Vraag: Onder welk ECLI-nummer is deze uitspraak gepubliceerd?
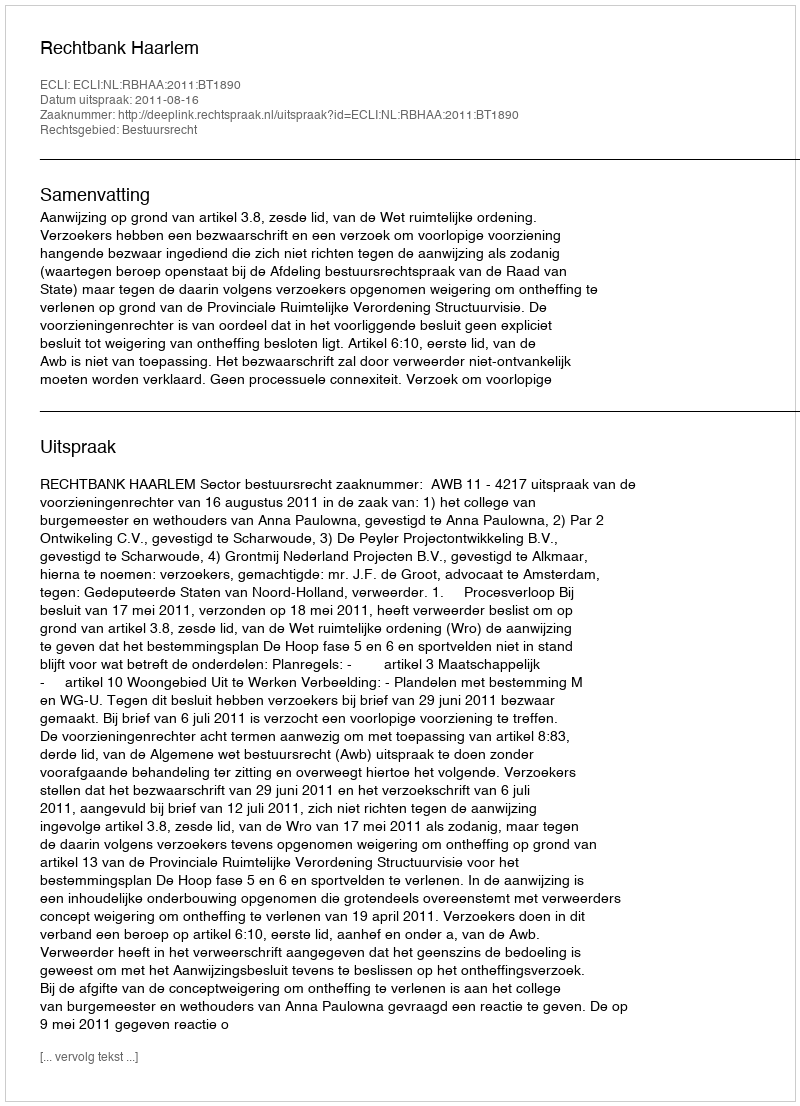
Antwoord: ECLI:NL:RBHAA:2011:BT1890